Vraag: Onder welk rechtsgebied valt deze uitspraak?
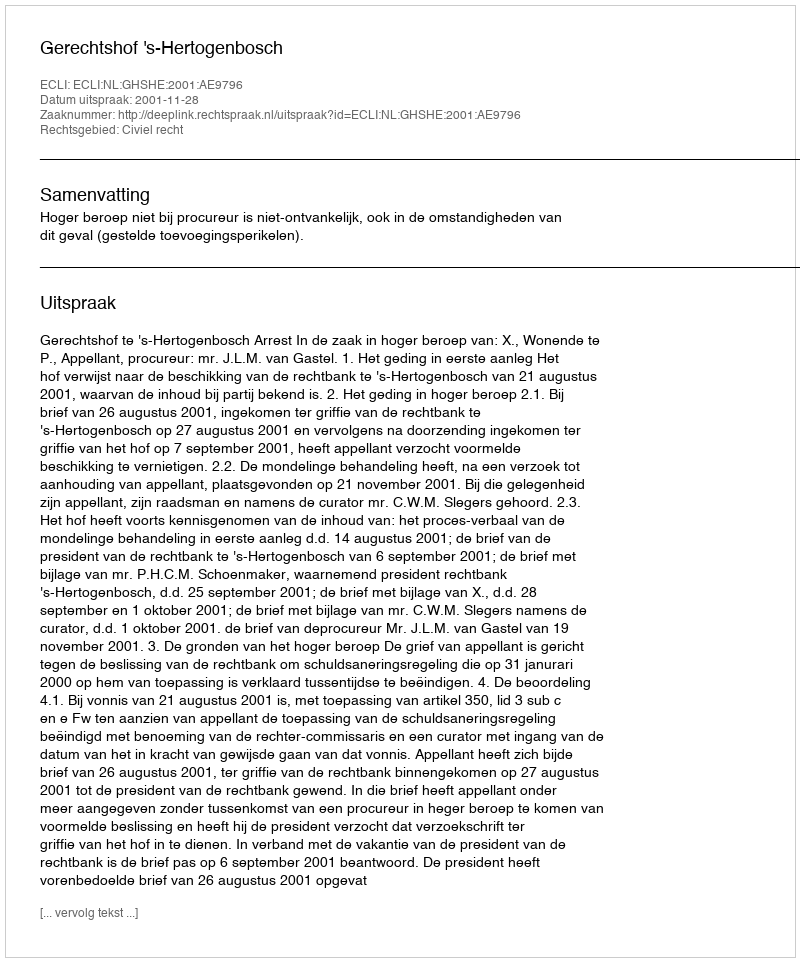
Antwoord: Civiel recht